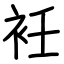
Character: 衽